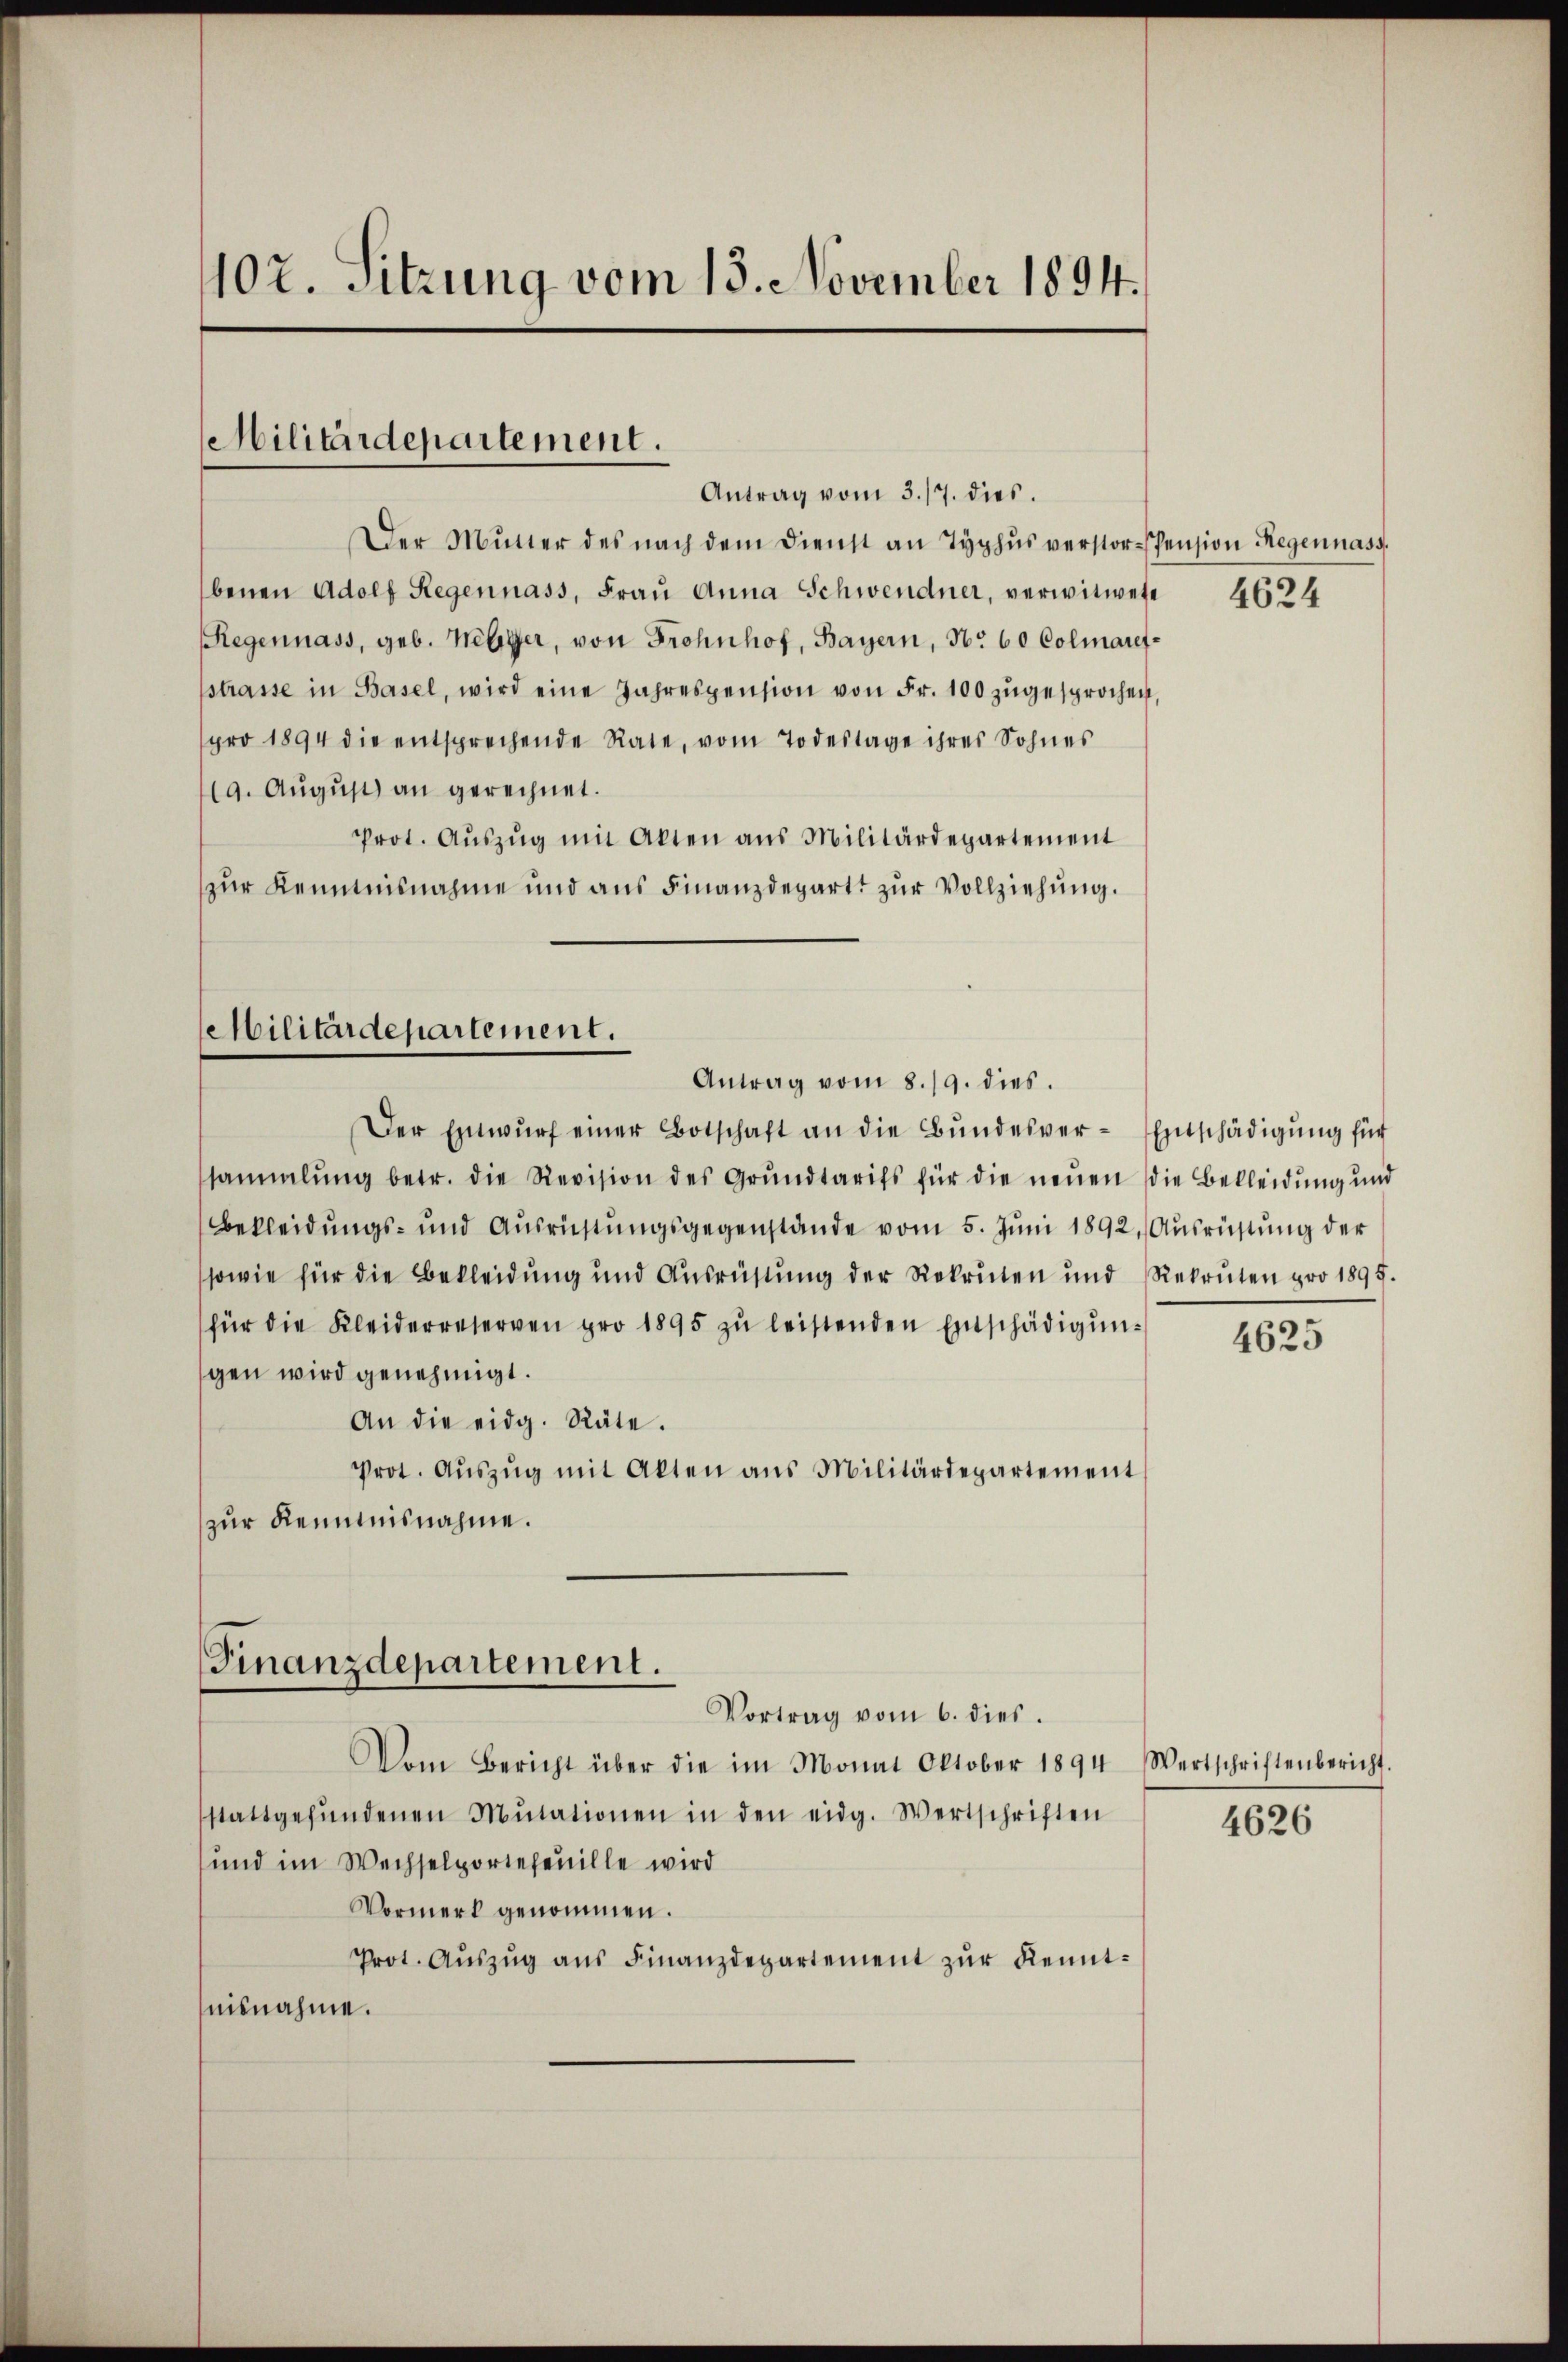
102. Sitzung vom 18. November 1894.

Militärdepartement.

Der Mŭtter des nach dem Dienst an Typhus verstor-spension Regennass
benen Adolf Regennass, Frau Anna Schwendner, verwitwete
Regennass, geb. Nebiger, von Frohnhof, Bayern, No 60 Colmarefstrasse in Basel, wird eine Jahrespension von Fr. 100 zugesprochen,
pro 1894 die entsprechende Rate, vom Todestage ihres Sohnes
19. August an gerechnet.
Prot. Auszug mit Akten aus Militärdepartement
zur Kenntnisnahme und aus Finanzdepart zur Vollziehung.

Militärdepartement.
Antrag vom 8./9. dies.

Finanzdepartement.
Vortrag vom 6. dies.

Antrag vom 3./7. dies

Der Entwŭrf einer Botschaft an die Bundesver-Entschädigung für
sammlung betr. die Revision des Grŭndtarifs für die neŭen die Bekleidŭng und
Bekleidungs- und Ausrüstungsgegenstände vom 5. Juni 1892, Ausrichtung der
sowie für die Bekleidung und Ausrüstung der Rekruten und Rekruten pro 1895.
für die Kleiderreserven pro 1895 zŭ leistenden Entschädigŭng
gen wird genehmigt.
An die eidg. Räte.
Prot. Aŭszŭg mit Akten aus Militärdepartement
zur Kenntnisnahme.

Vom Bericht über die im Monat Oktober 1894 Wertschriftenbericht.
stattgefŭndenen Mutationen in den eidg. Wertschriften
und im Wechselportefeuille wird
Vormerk genommen.
Prot. Auszug aus Finanzdepartement zur Kenntnisnahme.

4624

4625

4626